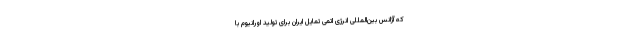
که آژانس بین‌المللی انرژی اتمی تمایل ایران برای تولید اورانیوم با